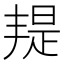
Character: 𣉄